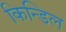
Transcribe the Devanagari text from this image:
किन्डिल